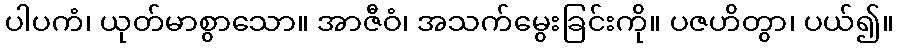
ပါပကံ၊ ယုတ်မာစွာသော။ အာဇီဝံ၊ အသက်မွေးခြင်းကို။ ပဇဟိတွာ၊ ပယ်၍။